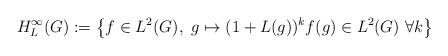
LaTeX: \begin{align*}H^\infty_L(G):=\left\{f\in L^2(G),~ g\mapsto (1+L(g))^k f(g) \in L^2(G)~\forall k\right\}\end{align*}